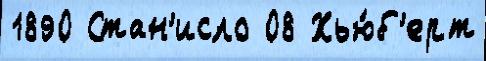
1890 Стан'исло 08 Хью́б'ерт